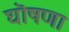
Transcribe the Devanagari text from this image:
घॊषणा